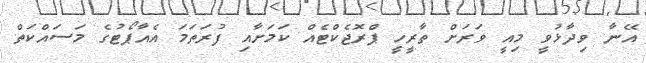
އޭނާ ވިދާޅުވީ މިއީ ވަރަށް ތާރީހީ ޕްރޮޖެކްޓެއް ކަމަށާއި ފުރަތަމަ އެއާޕޯޓުގެ މަސައްކަތް